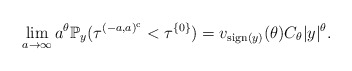
\begin{align*}\lim_{a\to\infty}{a}^{\theta}\mathbb{P}_y(\tau^{(-a,a)^{{\rm c}}}<\tau^{\{0\}}) =v_{{\rm sign}(y)}(\theta)C_\theta |y|^\theta.\end{align*}